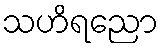
သဟိရညော